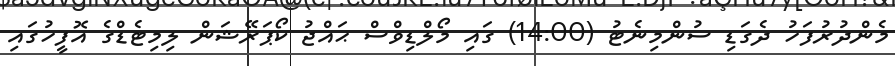
މެންދުރުފަހު ދެގަޑި ސުންމިނެޓު (14:00) ގައި މޯލްޑިވްސް ޙައްޖު ކޯޕަރޭޝަން ލިމިޓެޑްގެ އޮފީހުގައި